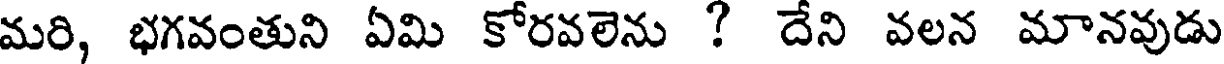
మరి, భగవంతుని ఏమి కోరవలెను ? దేని వలన మానవుడు